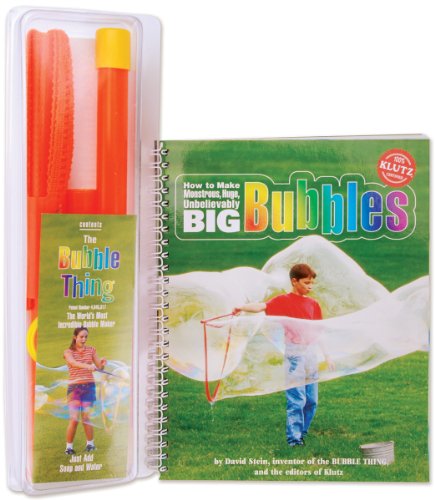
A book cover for Big Bubbles Book Kit-; Editors Of Klutz; Crafts, Hobbies & Home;